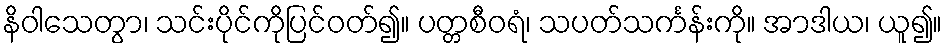
နိဝါသေတွာ၊ သင်းပိုင်ကိုပြင်ဝတ်၍။ ပတ္တစီဝရံ၊ သပတ်သင်္ကန်းကို။ အာဒါယ၊ ယူ၍။